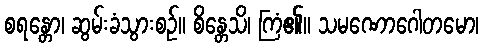
စရန္တော၊ ဆွမ်းခံသွားစဉ်။ စိန္တေသိ၊ ကြံ၏။ သမဏောဂေါတမော၊